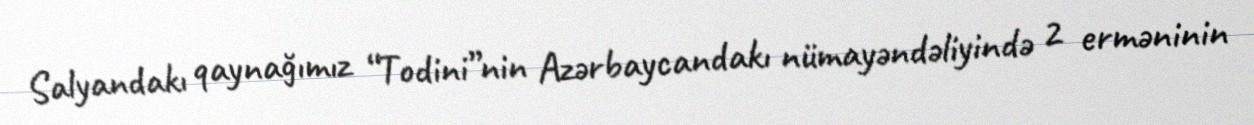
Salyandakı qaynağımız “Todini”nin Azərbaycandakı nümayəndəliyində 2 erməninin